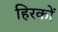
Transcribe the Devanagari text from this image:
हिरकों